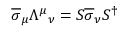
{ \overline { { \sigma } } } _ { \mu } { \Lambda ^ { \mu } } _ { \nu } = S { \overline { { \sigma } } } _ { \nu } S ^ { \dagger }